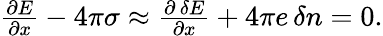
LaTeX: \begin{array}{r}{\frac{\partial E}{\partial x}-4\pi\sigma\approx\frac{\partial\, \delta E}{\partial x}+4\pi e\, \delta n=0.}\end{array}